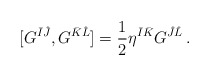
\begin{align*}[G^{\bar{I}\hat{J}},G^{\bar{K}\hat{L}}]={1\over 2}\eta^{\bar{I}\bar{K}}G^{\hat{J}\hat{L}}\,.\end{align*}